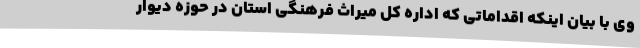
وی با بیان اینکه اقداماتی که اداره کل میراث فرهنگی استان در حوزه دیوار